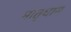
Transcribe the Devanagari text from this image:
मातृधाम